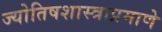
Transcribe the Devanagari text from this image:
ज्योतिषशास्त्राप्रमाणे